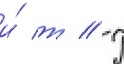
и́ т // П